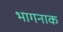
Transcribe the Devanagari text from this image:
भागनाक